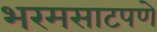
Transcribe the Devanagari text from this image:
भरमसाटपणे